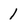
Character: 1